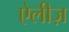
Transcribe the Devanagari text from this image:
ऐलीज़